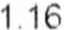
1.16